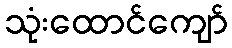
သုံးထောင်ကျော်